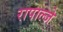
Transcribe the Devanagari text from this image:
रापाल्जे